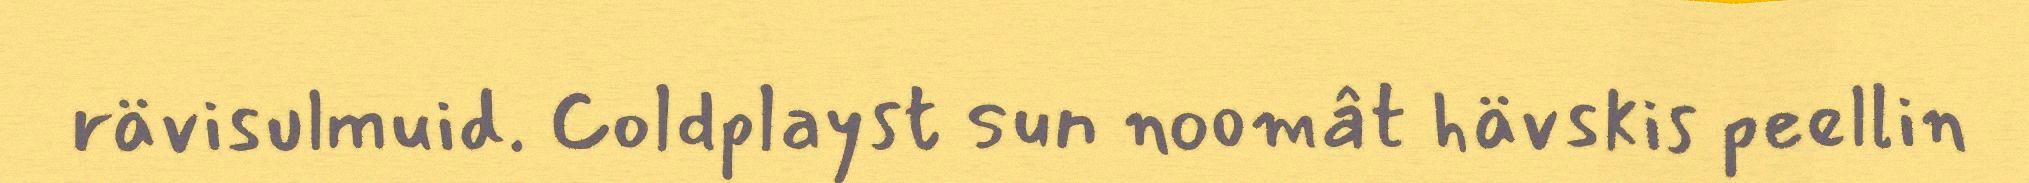
rävisulmuid. Coldplayst sun noomât hävskis peellin